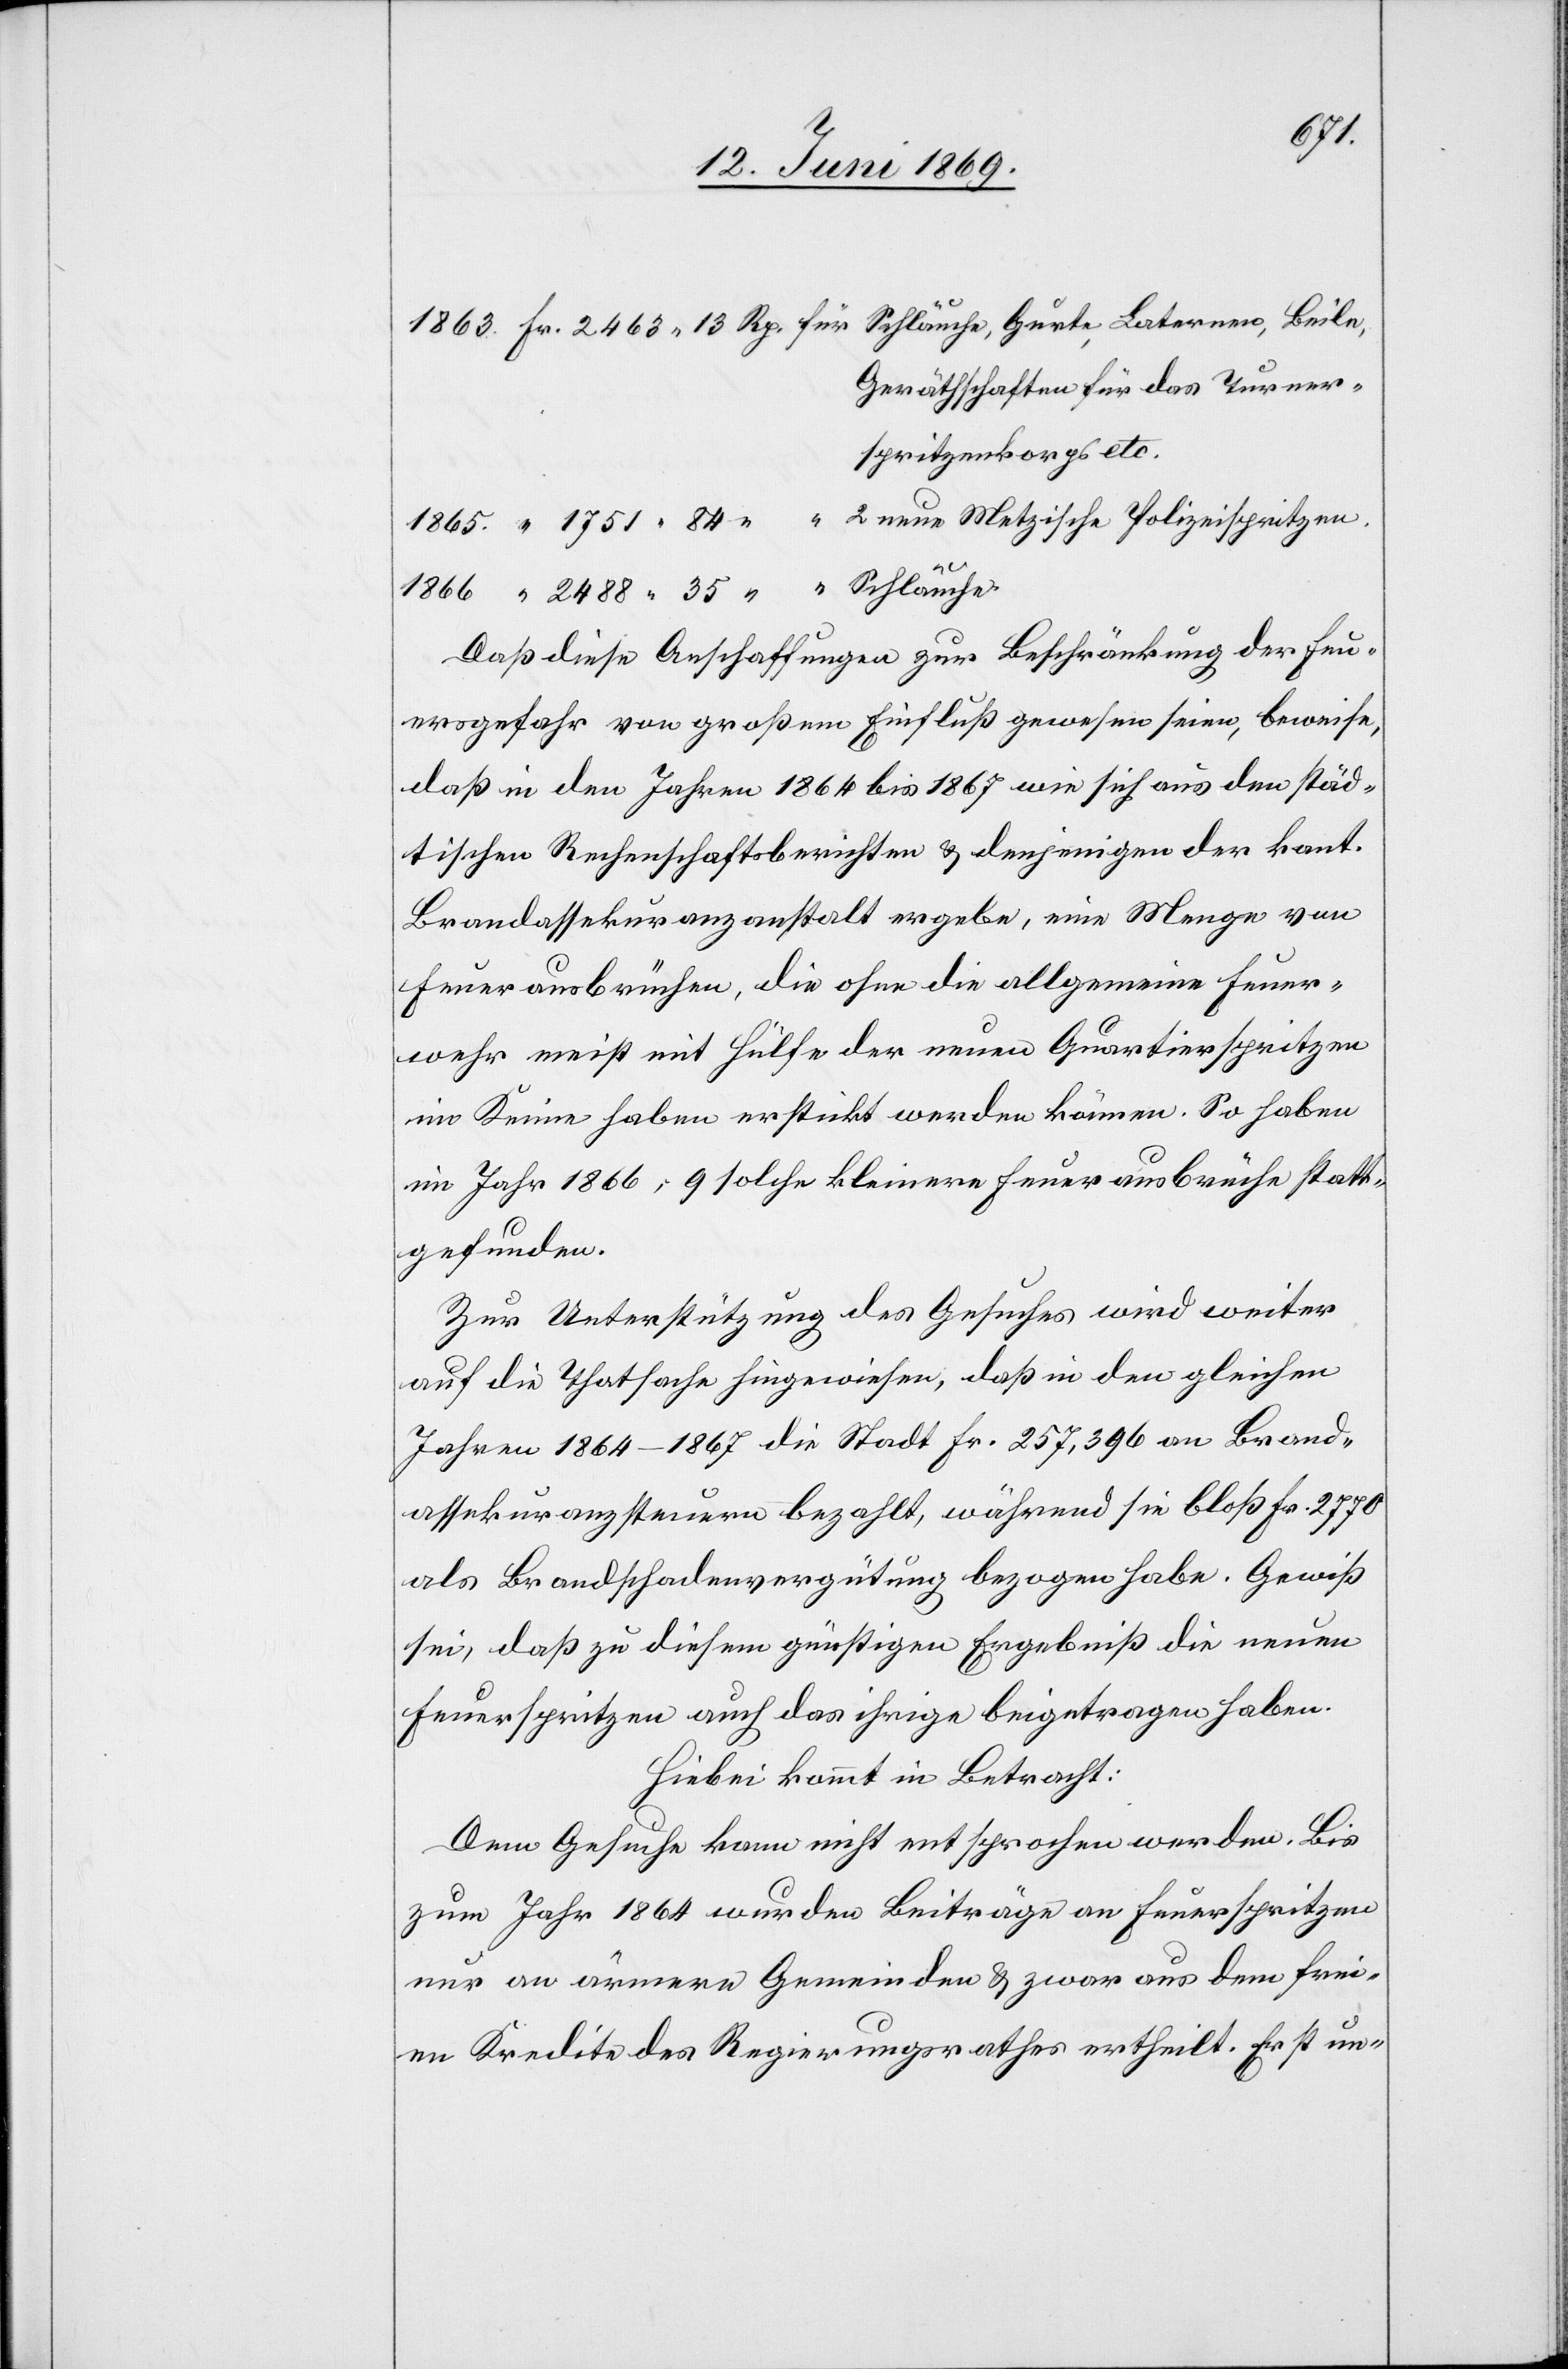
Turner¬
1863 Fr. 2663.13 Rp. für Schläuche, Gurte, Laternen, Beile,
spritzenkorps etc.
1865 “ 1751.84 Rp. “ 2 neue Metzische Polizeispritzen.
1866 “ 2488.35 Rp. “ Schläuche.
Daß diese Anschaffungen zur Beschränkung der Feu¬
ersgefahr von großem Einfluß gewesen seien, beweise,
daß in den Jahren 1864 bis 1867 wie sich aus den städ¬
tischen Rechenschaftsberichten u. denjenigen der kant.
Brandassekuranzanstalt ergebe, eine Menge von
Feuerausbrüchen, die ohne die allgemeine Feuer¬
wehr meist mit Hülfe der neuen Quartierspritzen
im Keime haben erstickt werden können. So haben
im Jahr 1866; 9 solche kleinere Feuerausbrüche statt¬
gefunden.
Zur Unterstützung des Gesuches wird weiter
auf die Thatsache hingewiesen, daß in den gleichen
Jahren 1864–1867 die Stadt Fr. 257,396 an Brand¬
assekuranzsteuern bezahlt, während sie bloß Fr. 2770
als Brandschadensvergütung bezogen habe. Gewiß
sei, daß zu diesem günstigen Ergebniß die neuen
Feuerspritzen auch das ihrige beitragen haben.
Hiebei kommt in Betracht:
Dem Gesuche kann nicht entsprochen werden. Bis
zum Jahr 1864 wurden Beiträge an Feuerspritzen
nur an ärmere Gemeinden u. zwar aus dem frei¬
en Kredit des Regierungsrathes ertheilt. Erst un-